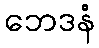
ဘေဒနံ